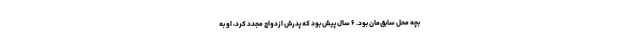
بچه محل سابق‌مان بود. ۶ سال پیش بود که پدرش ازدواج مجدد کرد، او به